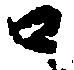
口